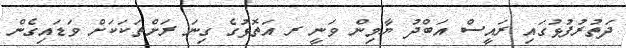
ދަތުރުފުޅުގައި ރައީސް އަބްދު ޔާމިން ވަނީ ރ އަތޮޅުގެ ގިނަ ރަށްތަކަކަށް ވަޑައިގެން